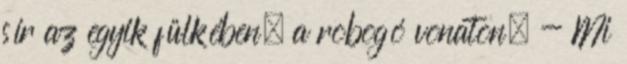
sír az egyik fülkében, a robogó vonaton. - Mi